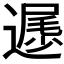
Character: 𲅲